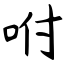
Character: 咐